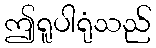
ဤရူပါရုံသည်